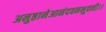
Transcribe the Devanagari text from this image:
अनुष्ठानेआनंदवनभुवनी।।